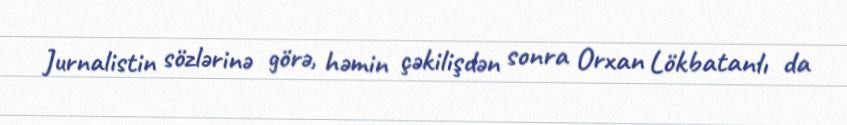
Jurnalistin sözlərinə görə, həmin çəkilişdən sonra Orxan Lökbatanlı da